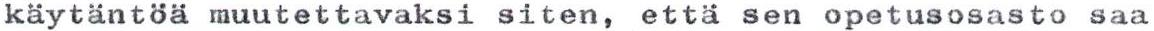
käytäntöä muutettavaksi siten, että sen opetusosasto saa